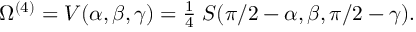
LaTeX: \Omega ^ { ( 4 ) } = V ( \alpha , \beta , \gamma ) = { \textstyle { \frac { 1 } { 4 } } } \; S ( \pi / 2 - \alpha , \beta , \pi / 2 - \gamma ) .